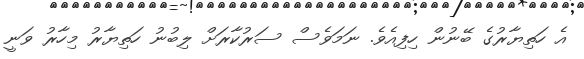
އެ ހަތިޔާރުގެ ބޭނުން ހިފިއެވެ. ނަމަވެސް ސަރުކާރަށް ލިބުނު ހަތިޔާރު މިހާރު ވަނީ